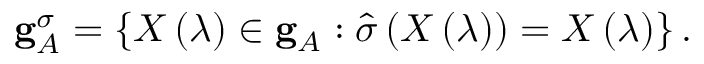
{ \bf g } _ { { \cal A } } ^ { \sigma } = \left\{ X \left( \lambda \right) \in { \bf g } _ { { \cal A } } : \widehat { \sigma } \left( X \left( \lambda \right) \right) = X \left( \lambda \right) \right\} .